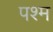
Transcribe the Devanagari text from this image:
पश्म